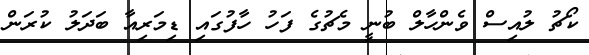
ކޯޗު ލުއިސް ވެންހާލް ބުނީ މެޗުގެ ފަހު ހާފުގައި ޑިމަރިއާ ބަދަލު ކުރަން